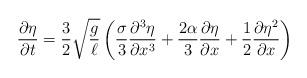
LaTeX: \begin{align*}\frac{\partial \eta}{\partial t}=\frac{3}{2}\sqrt{\frac{g}{\ell}}\left(\frac{\sigma}{3}\frac{\partial^3 \eta}{\partial x^3} +\frac{2\alpha}{3}\frac{\partial \eta}{\partial x}+\frac12 \frac{\partial \eta^2}{\partial x}\right)\end{align*}